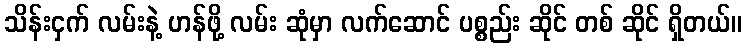
သိန်းငှက် လမ်းနဲ့ ဟန်ဖို့ လမ်း ဆုံမှာ လက်ဆောင် ပစ္စည်း ဆိုင် တစ် ဆိုင် ရှိတယ်။